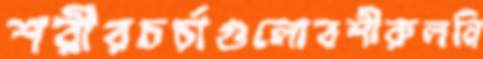
শরীরচর্চাগুলোবশীরুলনি